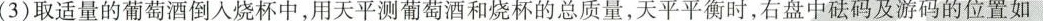
(3)取适量的葡萄酒倒入烧杯中，用天平测葡萄酒和烧杯的总质量，天平平衡时，右盘中砝码及游码的位置如